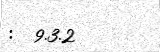
:  9.3.2